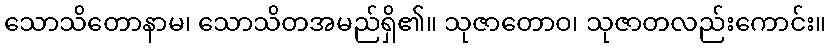
သောသိတောနာမ၊ သောသိတအမည်ရှိ၏။ သုဇာတောဝ၊ သုဇာတလည်းကောင်း။